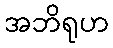
အဘိရုဟ